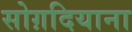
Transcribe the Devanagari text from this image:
सोग़दियाना